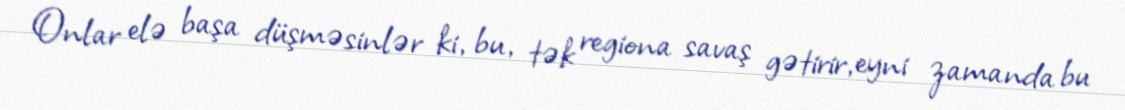
Onlar elə başa düşməsinlər ki, bu, tək regiona savaş gətirir, eyni zamanda bu